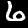
Label: 6